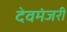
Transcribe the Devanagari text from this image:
देवमंजरी